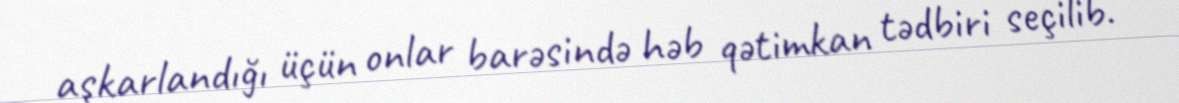
aşkarlandığı üçün onlar barəsində həb qətimkan tədbiri seçilib.